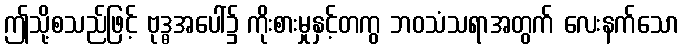
ဤသို့စသည်ဖြင့် ဗုဒ္ဓအပေါ်၌ ကိုးစားမှုနှင့်တကွ ဘဝသံသရာအတွက် လေးနက်သော